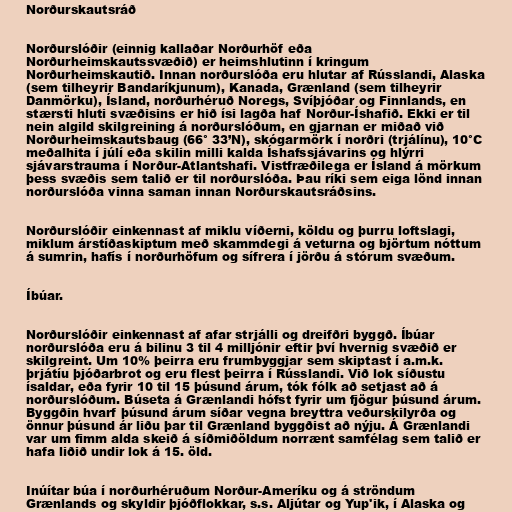
Norðurskautsráð

Norðurslóðir (einnig kallaðar Norðurhöf eða
Norðurheimskautssvæðið) er heimshlutinn í kringum
Norðurheimskautið. Innan norðurslóða eru hlutar af Rússlandi, Alaska
(sem tilheyrir Bandaríkjunum), Kanada, Grænland (sem tilheyrir
Danmörku), Ísland, norðurhéruð Noregs, Svíþjóðar og Finnlands, en
stærsti hluti svæðisins er hið ísi lagða haf Norður-Íshafið. Ekki er til
nein algild skilgreining á norðurslóðum, en gjarnan er miðað við
Norðurheimskautsbaug (66° 33’N), skógarmörk í norðri (trjálínu), 10°C
meðalhita í júlí eða skilin milli kalda Íshafssjávarins og hlýrri
sjávarstrauma í Norður-Atlantshafi. Vistfræðilega er Ísland á mörkum
þess svæðis sem talið er til norðurslóða. Þau ríki sem eiga lönd innan
norðurslóða vinna saman innan Norðurskautsráðsins.

Norðurslóðir einkennast af miklu víðerni, köldu og þurru loftslagi,
miklum árstíðaskiptum með skammdegi á veturna og björtum nóttum
á sumrin, hafís í norðurhöfum og sífrera í jörðu á stórum svæðum.

Íbúar.

Norðurslóðir einkennast af afar strjálli og dreifðri byggð. Íbúar
norðurslóða eru á bilinu 3 til 4 milljónir eftir því hvernig svæðið er
skilgreint. Um 10% þeirra eru frumbyggjar sem skiptast í a.m.k.
þrjátíu þjóðarbrot og eru flest þeirra í Rússlandi. Við lok síðustu
ísaldar, eða fyrir 10 til 15 þúsund árum, tók fólk að setjast að á
norðurslóðum. Búseta á Grænlandi hófst fyrir um fjögur þúsund árum.
Byggðin hvarf þúsund árum síðar vegna breyttra veðurskilyrða og
önnur þúsund ár liðu þar til Grænland byggðist að nýju. Á Grænlandi
var um fimm alda skeið á síðmiðöldum norrænt samfélag sem talið er
hafa liðið undir lok á 15. öld.

Inúítar búa í norðurhéruðum Norður-Ameríku og á ströndum
Grænlands og skyldir þjóðflokkar, s.s. Aljútar og Yup'ik, í Alaska og